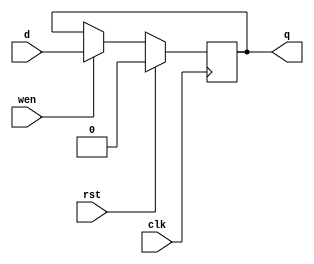
module dff (q, d, wen, clk, rst);

    output         q; //DFF output
    input          d; //DFF input
    input 	   wen; //Write Enable
    input          clk; //Clock
    input          rst; //Reset (used synchronously)

    reg            state;

    assign q = state;

    always @(posedge clk) begin
      state = rst ? 0 : (wen ? d : state);
    end

endmodule

module ReadDecoder_4_16(input [3:0] RegId, output [15:0] Wordline);

assign Wordline[0]  = ~RegId[3] & ~RegId[2] & ~RegId[1] & ~RegId[0];
assign Wordline[1]  = ~RegId[3] & ~RegId[2] & ~RegId[1] &  RegId[0];
assign Wordline[2]  = ~RegId[3] & ~RegId[2] &  RegId[1] & ~RegId[0];
assign Wordline[3]  = ~RegId[3] & ~RegId[2] &  RegId[1] &  RegId[0];
assign Wordline[4]  = ~RegId[3] &  RegId[2] & ~RegId[1] & ~RegId[0];
assign Wordline[5]  = ~RegId[3] &  RegId[2] & ~RegId[1] &  RegId[0];
assign Wordline[6]  = ~RegId[3] &  RegId[2] &  RegId[1] & ~RegId[0];
assign Wordline[7]  = ~RegId[3] &  RegId[2] &  RegId[1] &  RegId[0];
assign Wordline[8]  =  RegId[3] & ~RegId[2] & ~RegId[1] & ~RegId[0];
assign Wordline[9]  =  RegId[3] & ~RegId[2] & ~RegId[1] &  RegId[0];
assign Wordline[10] =  RegId[3] & ~RegId[2] &  RegId[1] & ~RegId[0];
assign Wordline[11] =  RegId[3] & ~RegId[2] &  RegId[1] &  RegId[0];
assign Wordline[12] =  RegId[3] &  RegId[2] & ~RegId[1] & ~RegId[0];
assign Wordline[13] =  RegId[3] &  RegId[2] & ~RegId[1] &  RegId[0];
assign Wordline[14] =  RegId[3] &  RegId[2] &  RegId[1] & ~RegId[0];
assign Wordline[15] =  RegId[3] &  RegId[2] &  RegId[1] &  RegId[0];

endmodule

module WriteDecoder_4_16(input [3:0] RegId, input WriteReg, output [15:0] Wordline);

wire [15:0] out;

ReadDecoder_4_16 dec(.RegId(RegId), .Wordline(out));

assign Wordline = { out[15:1], 1'b0 } & {16{WriteReg}};
endmodule

module BitCell( input clk, input rst, input D, input WriteEnable, input ReadEnable1, input
ReadEnable2, inout Bitline1, inout Bitline2);

wire out;

dff ff (.q(out), .d(D), .wen(WriteEnable), .clk(clk), .rst(rst));

assign Bitline1 = ReadEnable1 ? out : 1'bz;
assign Bitline2 = ReadEnable2 ? out : 1'bz;

endmodule

module Register( input clk, input rst, input [15:0] D, input WriteReg, input ReadEnable1, input
ReadEnable2, inout [15:0] Bitline1, inout [15:0] Bitline2);

BitCell cells [15:0] (.clk(clk), .rst(rst), .D(D), .WriteEnable(WriteReg), .ReadEnable1(ReadEnable1), .ReadEnable2(ReadEnable2), .Bitline1(Bitline1), .Bitline2(Bitline2));

endmodule

module RegisterFile(input clk, input rst, input [3:0] SrcReg1, input [3:0] SrcReg2, input [3:0]
DstReg, input WriteReg, input [15:0] DstData, inout [15:0] SrcData1, inout [15:0] SrcData2);

wire [15:0] src1_sel, src2_sel;
wire [15:0] dst_sel;
wire [15:0] reg_out1, reg_out2;

ReadDecoder_4_16 src1_dec (.RegId(SrcReg1), .Wordline(src1_sel));
ReadDecoder_4_16 src2_dec (.RegId(SrcReg2), .Wordline(src2_sel));

WriteDecoder_4_16 wrt_dec (.RegId(DstReg), .WriteReg(WriteReg), .Wordline(dst_sel));

Register file [15:0] (.clk(clk), .rst(rst), .D(DstData), .WriteReg(dst_sel), .ReadEnable1(src1_sel), .ReadEnable2(src2_sel), .Bitline1(reg_out1), .Bitline2(reg_out2));

assign SrcData1 = (WriteReg & (DstReg == SrcReg1)) ? DstData : reg_out1;
assign SrcData2 = (WriteReg & (DstReg == SrcReg2)) ? DstData : reg_out2;

endmodule